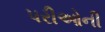
પરીઓની